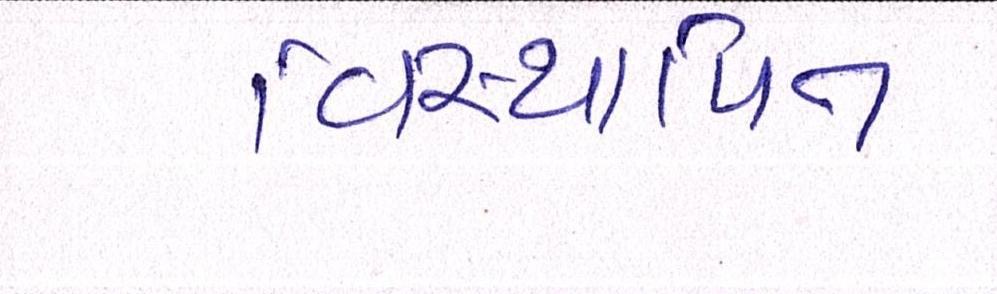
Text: વિસ્થાપિત